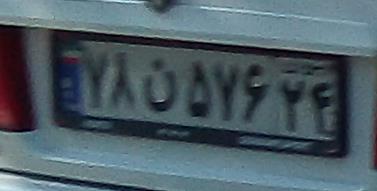
۷۸ن۵۷۶۳۴